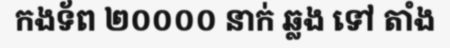
កងទ័ព ២០០០០ នាក់ ឆ្លង ទៅ តាំង